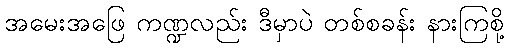
အမေးအဖြေ ကဏ္ဍလည်း ဒီမှာပဲ တစ်စခန်း နားကြစို့